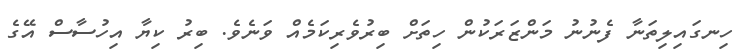
ހިނގައިލިތަނާ ފެނުނު މަންޒަރަކުން ހިތަށް ބިރުވެރިކަމެއް ވަނެވެ. ބިރު ކިޔާ އިހުސާސް އޭގެ